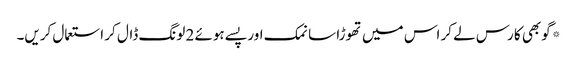
*گوبھی کا رس لے کر اس میں تھوڑا سا نمک اور پسے ہوئے 2 لونگ ڈال کر استعمال کریں۔